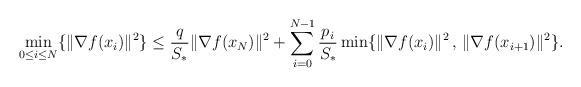
LaTeX: \begin{align*} \min_{0 \leq i \leq N}\{\|\nabla f(x_i)\|^2\} {}\leq {} \frac{q}{S_*} \|\nabla f(x_N)\|^2 + \sum_{i=0}^{N-1} \frac{p_i}{S_*}\min\{\|\nabla f(x_i)\|^2 \,,\, \|\nabla f(x_{i+1})\|^2\}.\end{align*}